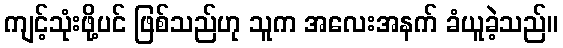
ကျင့်သုံးဖို့ပင် ဖြစ်သည်ဟု သူက အလေးအနက် ခံယူခဲ့သည်။